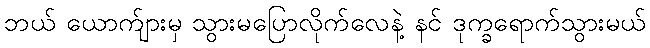
ဘယ် ယောက်ျားမှ သွားမပြောလိုက်လေနဲ့ နင် ဒုက္ခရောက်သွားမယ်